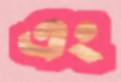
এং